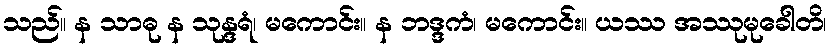
သည်။ န သာဓု န သုန္ဒရံ၊ မကောင်း။ န ဘဒ္ဒကံ၊ မကောင်း။ ယဿ အဿုမုခေါတိ၊